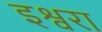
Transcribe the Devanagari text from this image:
इश्वरा